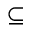
\subseteq